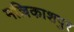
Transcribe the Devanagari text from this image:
मल्लिकाशपुर